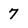
Character: 7